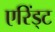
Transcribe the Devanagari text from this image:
एरिंड्ट